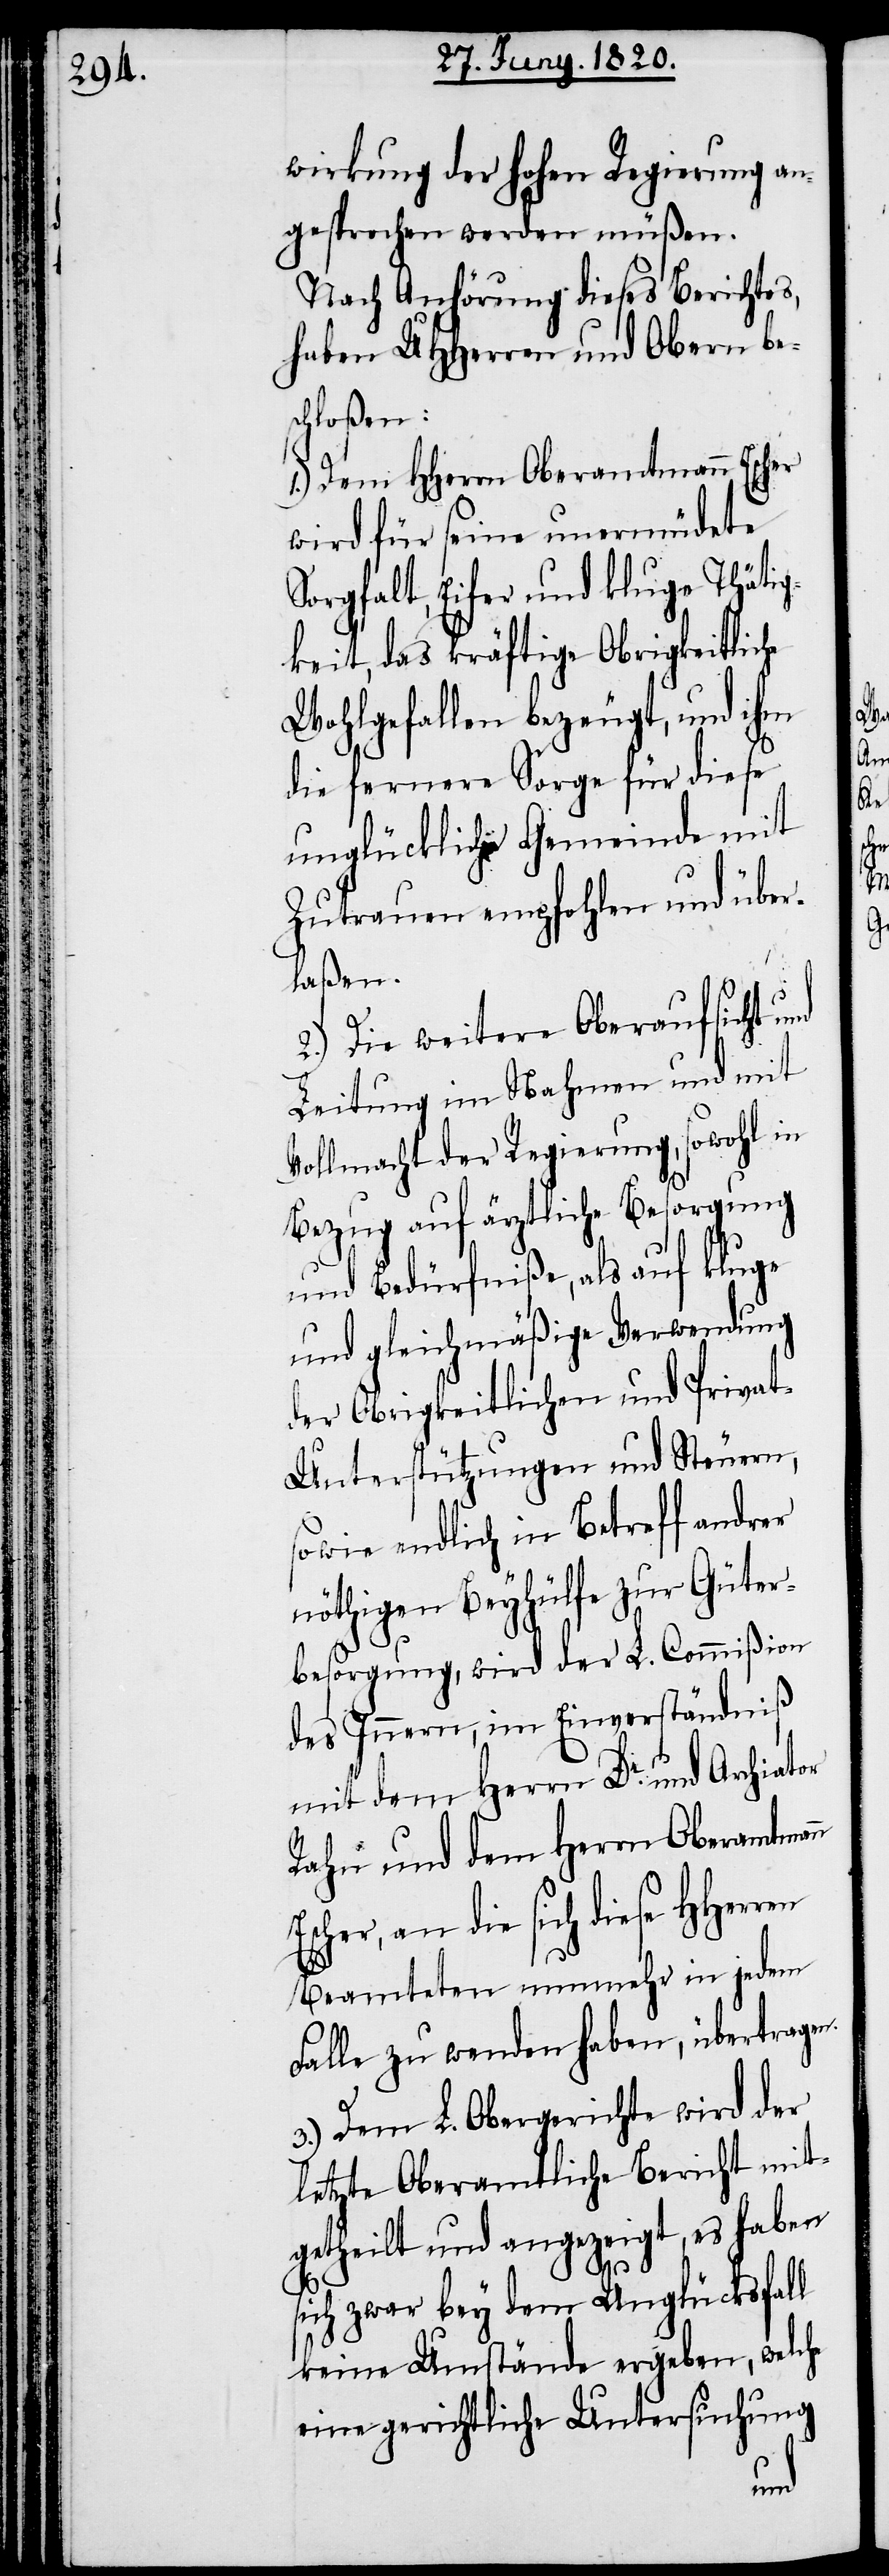
wirkung der hohen Regierung an¬
gesprochen werden müßen.
Nach Anhörung dieses Berichtes,
die UHherren und Obern bes¬
chloßen:
1.) Dem Hherrn Oberamtmann Escher
wird für seine unermüdete
Sorgfalt, Eifer und kluge Thätig¬
keit, das kräftige Obrigkeitliche
Wohlgefallen bezeugt, und ihm
die fernere Sorge für diese
unglückliche Gemeinde mit
Zutrauen empfohlen und über¬
laßen.
2.) Die weitere Oberaufsicht und
Leitung im Nahmen und mit
Vollmacht der Regierung, sowohl in
Bezug auf ärztliche Besorgung
und Bedürfniße als auf kluge
und gleichmäßige Verwendung
der Obrigkeitlichen und Priva¬
t-Unterstützungen und Steuern,
soweit endlich in Betreff andrer
nöthigen Beyhülfe zur Güter¬
besorgung, wird der L. Commißion
des Innern, im Einverständniß
mit dem Herrn Dr. und Archiator
Rahn und dem Herrn Oberamtmann
Escher, an die sich diese Hherren
Beamteten nunmehr in jedem
Falle zu wenden haben, übertragen.
3.) Dem L. Obergerichte wird der
letzte Oberamtliche Bericht mit
getheilt und angezeigt, es haben
sich zwar bey dem Unglücksfall
keine Umstände ergeben, welche
eine gerichtliche Untersuchung